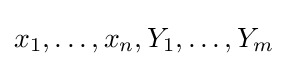
x_{1},\dots ,x_{n},Y_{1},\dots ,Y_{m}